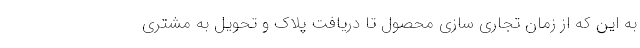
به این که از زمان تجاری سازی محصول تا دریافت پلاک و تحویل به مشتری